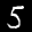
Label: 5